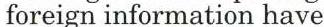
foreign information have